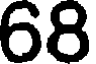
68